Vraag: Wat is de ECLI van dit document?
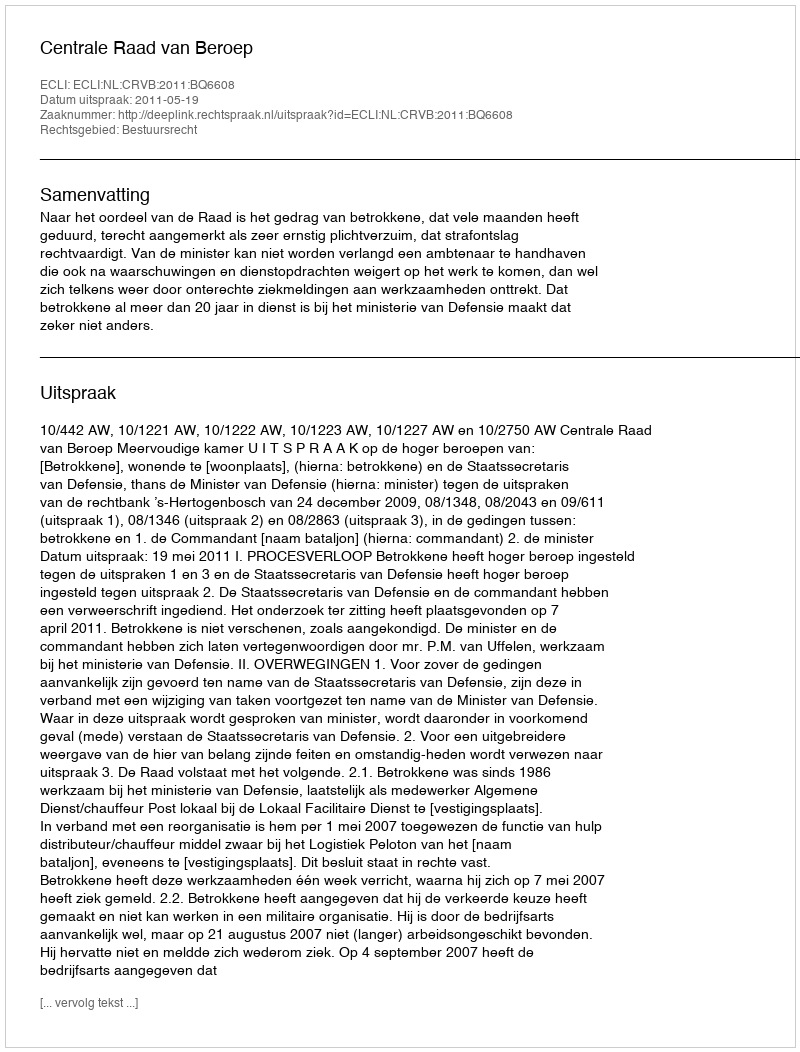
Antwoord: ECLI:NL:CRVB:2011:BQ6608